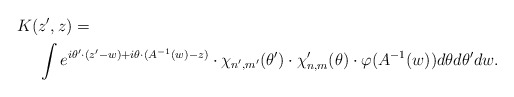
\begin{align*}K(&z',z)=\\& \int e^{i\theta'\cdot (z'-w)+i\theta \cdot (A^{-1}(w)-z)}\cdot \chi_{n',m'}(\theta') \cdot \chi'_{n,m}(\theta) \cdot \varphi(A^{-1}(w)) d\theta d\theta' dw.\end{align*}